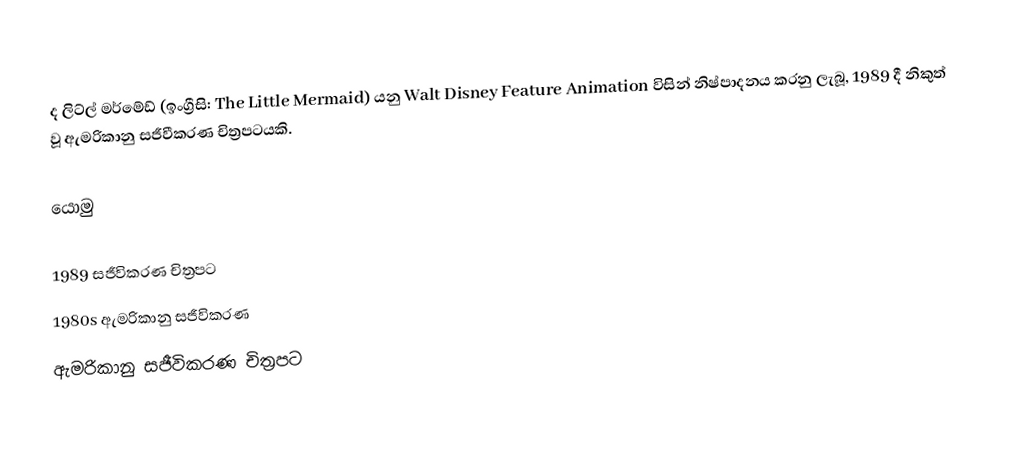
ද ලිට්ල් මර්මේඩ් (ඉංග්‍රීසි: The Little Mermaid) යනු Walt Disney Feature Animation විසින් නිෂ්පාදනය කරනු ලැබූ, 1989 දී නිකුත් වූ ඇමරිකානු සජීවීකරණ චිත්‍රපටයකි.

යොමු

1989 සජීවිකරණ චිත්‍රපට
1980s ඇමරිකානු සජීවිකරණ
ඇමරිකානු සජීවිකරණ චිත්‍රපට